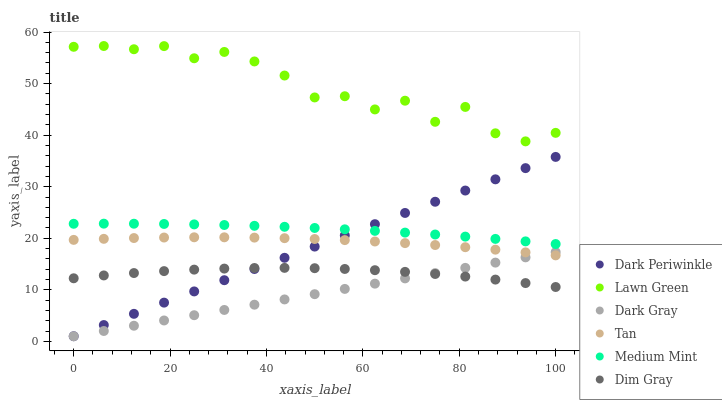
| xaxis_label | Dark Periwinkle | Lawn Green | Dark Gray | Tan | Medium Mint | Dim Gray |
 | --- | --- | --- | --- | --- | --- | --- |
 | 0 | 1 | 57.1 | 1 | 19.7 | 22.8 | 12.2 |
 | 6.25 | 3.17 | 57.3 | 2.02 | 19.9 | 22.8 | 12.8 |
 | 12.5 | 5.35 | 56.7 | 3.04 | 20 | 22.8 | 13.3 |
 | 18.8 | 7.52 | 57.3 | 4.06 | 20.1 | 22.8 | 13.6 |
 | 25 | 9.69 | 54.9 | 5.08 | 20.2 | 22.7 | 13.9 |
 | 31.2 | 11.9 | 56.1 | 6.1 | 20.2 | 22.6 | 14.1 |
 | 37.5 | 14 | 54.3 | 7.12 | 20.1 | 22.4 | 14.2 |
 | 43.8 | 16.2 | 51.6 | 8.14 | 20 | 22.2 | 14.3 |
 | 50 | 18.4 | 47.3 | 9.16 | 19.9 | 22 | 14.2 |
 | 56.2 | 20.6 | 47.5 | 10.2 | 19.6 | 21.7 | 14 |
 | 62.5 | 22.7 | 45 | 11.2 | 19.4 | 21.4 | 13.8 |
 | 68.8 | 24.9 | 46.7 | 12.2 | 19.1 | 21.1 | 13.5 |
 | 75 | 27.1 | 42.6 | 13.2 | 18.7 | 20.7 | 13.1 |
 | 81.2 | 29.3 | 45.5 | 14.3 | 18.3 | 20.3 | 12.6 |
 | 87.5 | 31.4 | 40.4 | 15.3 | 17.8 | 19.9 | 12 |
 | 93.8 | 33.6 | 38.8 | 16.3 | 17.3 | 19.4 | 11.3 |
 | 100 | 35.8 | 40.4 | 17.3 | 16.7 | 18.9 | 10.6 |